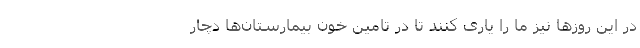
در این روزها نیز ما را یاری کنند تا در تامین خون بیمارستان‌ها دچار